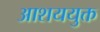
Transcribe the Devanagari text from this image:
आशययुक्त